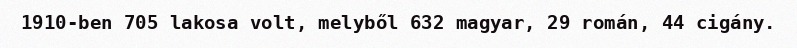
1910-ben 705 lakosa volt, melyből 632 magyar, 29 román, 44 cigány.